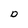
Character: D